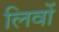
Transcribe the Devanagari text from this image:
लिवों